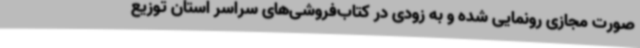
صورت مجازی رونمایی شده و به زودی در کتاب‌فروشی‌های سراسر استان توزیع